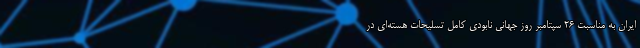
ایران به مناسبت ۲۶ سپتامبر روز جهانی نابودی کامل تسلیحات هسته‌ای در